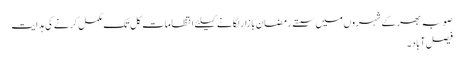
صوبہ بھر کے شہروں میں سستے رمضان بازار لگانے کیلئے انتظامات کل تک مکمل کرنے کی ہدایت
فیصل آباد۔